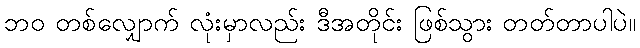
ဘဝ တစ်လျှောက် လုံးမှာလည်း ဒီအတိုင်း ဖြစ်သွား တတ်တာပါပဲ။